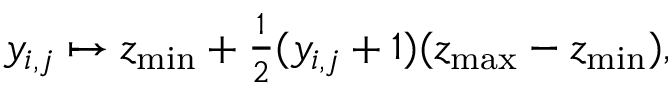
y _ { i , j } \mapsto z _ { \operatorname* { m i n } } + \textstyle \frac { 1 } { 2 } ( y _ { i , j } + 1 ) ( z _ { \operatorname* { m a x } } - z _ { \operatorname* { m i n } } ) ,